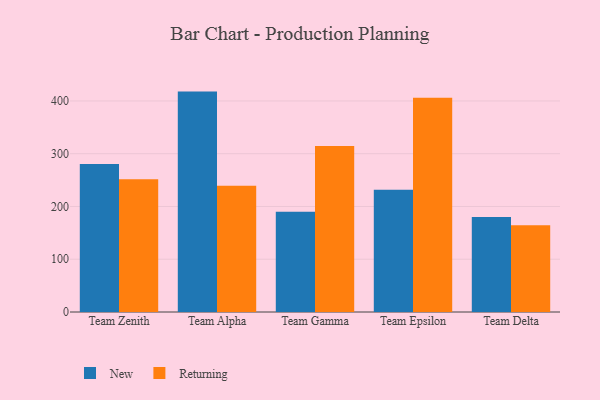
{"axis": {"x": "Team", "y": "Energy Usage (MWh)"}, "legend": ["New", "Returning"], "data": [{"x": "Team Zenith", "y": 280.7, "type": "New"}, {"x": "Team Zenith", "y": 251.8, "type": "Returning"}, {"x": "Team Alpha", "y": 417.7, "type": "New"}, {"x": "Team Alpha", "y": 239.4, "type": "Returning"}, {"x": "Team Gamma", "y": 189.9, "type": "New"}, {"x": "Team Gamma", "y": 314.4, "type": "Returning"}, {"x": "Team Epsilon", "y": 231.7, "type": "New"}, {"x": "Team Epsilon", "y": 406.1, "type": "Returning"}, {"x": "Team Delta", "y": 180.2, "type": "New"}, {"x": "Team Delta", "y": 164.5, "type": "Returning"}]}